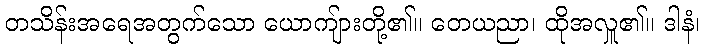
တသိန်းအရေအတွက်သော ယောကျ်ားတို့၏။ တေယညာ၊ ထိုအလှူ၏။ ဒါနံ၊